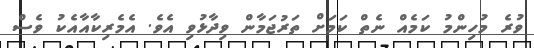
ވުރެ މުހިންމު ކަމެއް ނެތް ކަމަށް ތަރުޖަމާން ވިދާޅުވި އެވެ. އެމެރިކާއާއެކު ވެސް